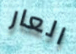
العار